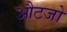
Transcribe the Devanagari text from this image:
औटजो